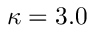
\kappa = 3 . 0